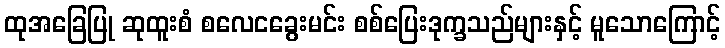
ထုအခြေပြု ဆုထူးစံ စလေငခွေးမင်း စစ်ပြေးဒုက္ခသည်များနှင့် မူသောကြောင့်